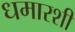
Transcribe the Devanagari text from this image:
धमारशी